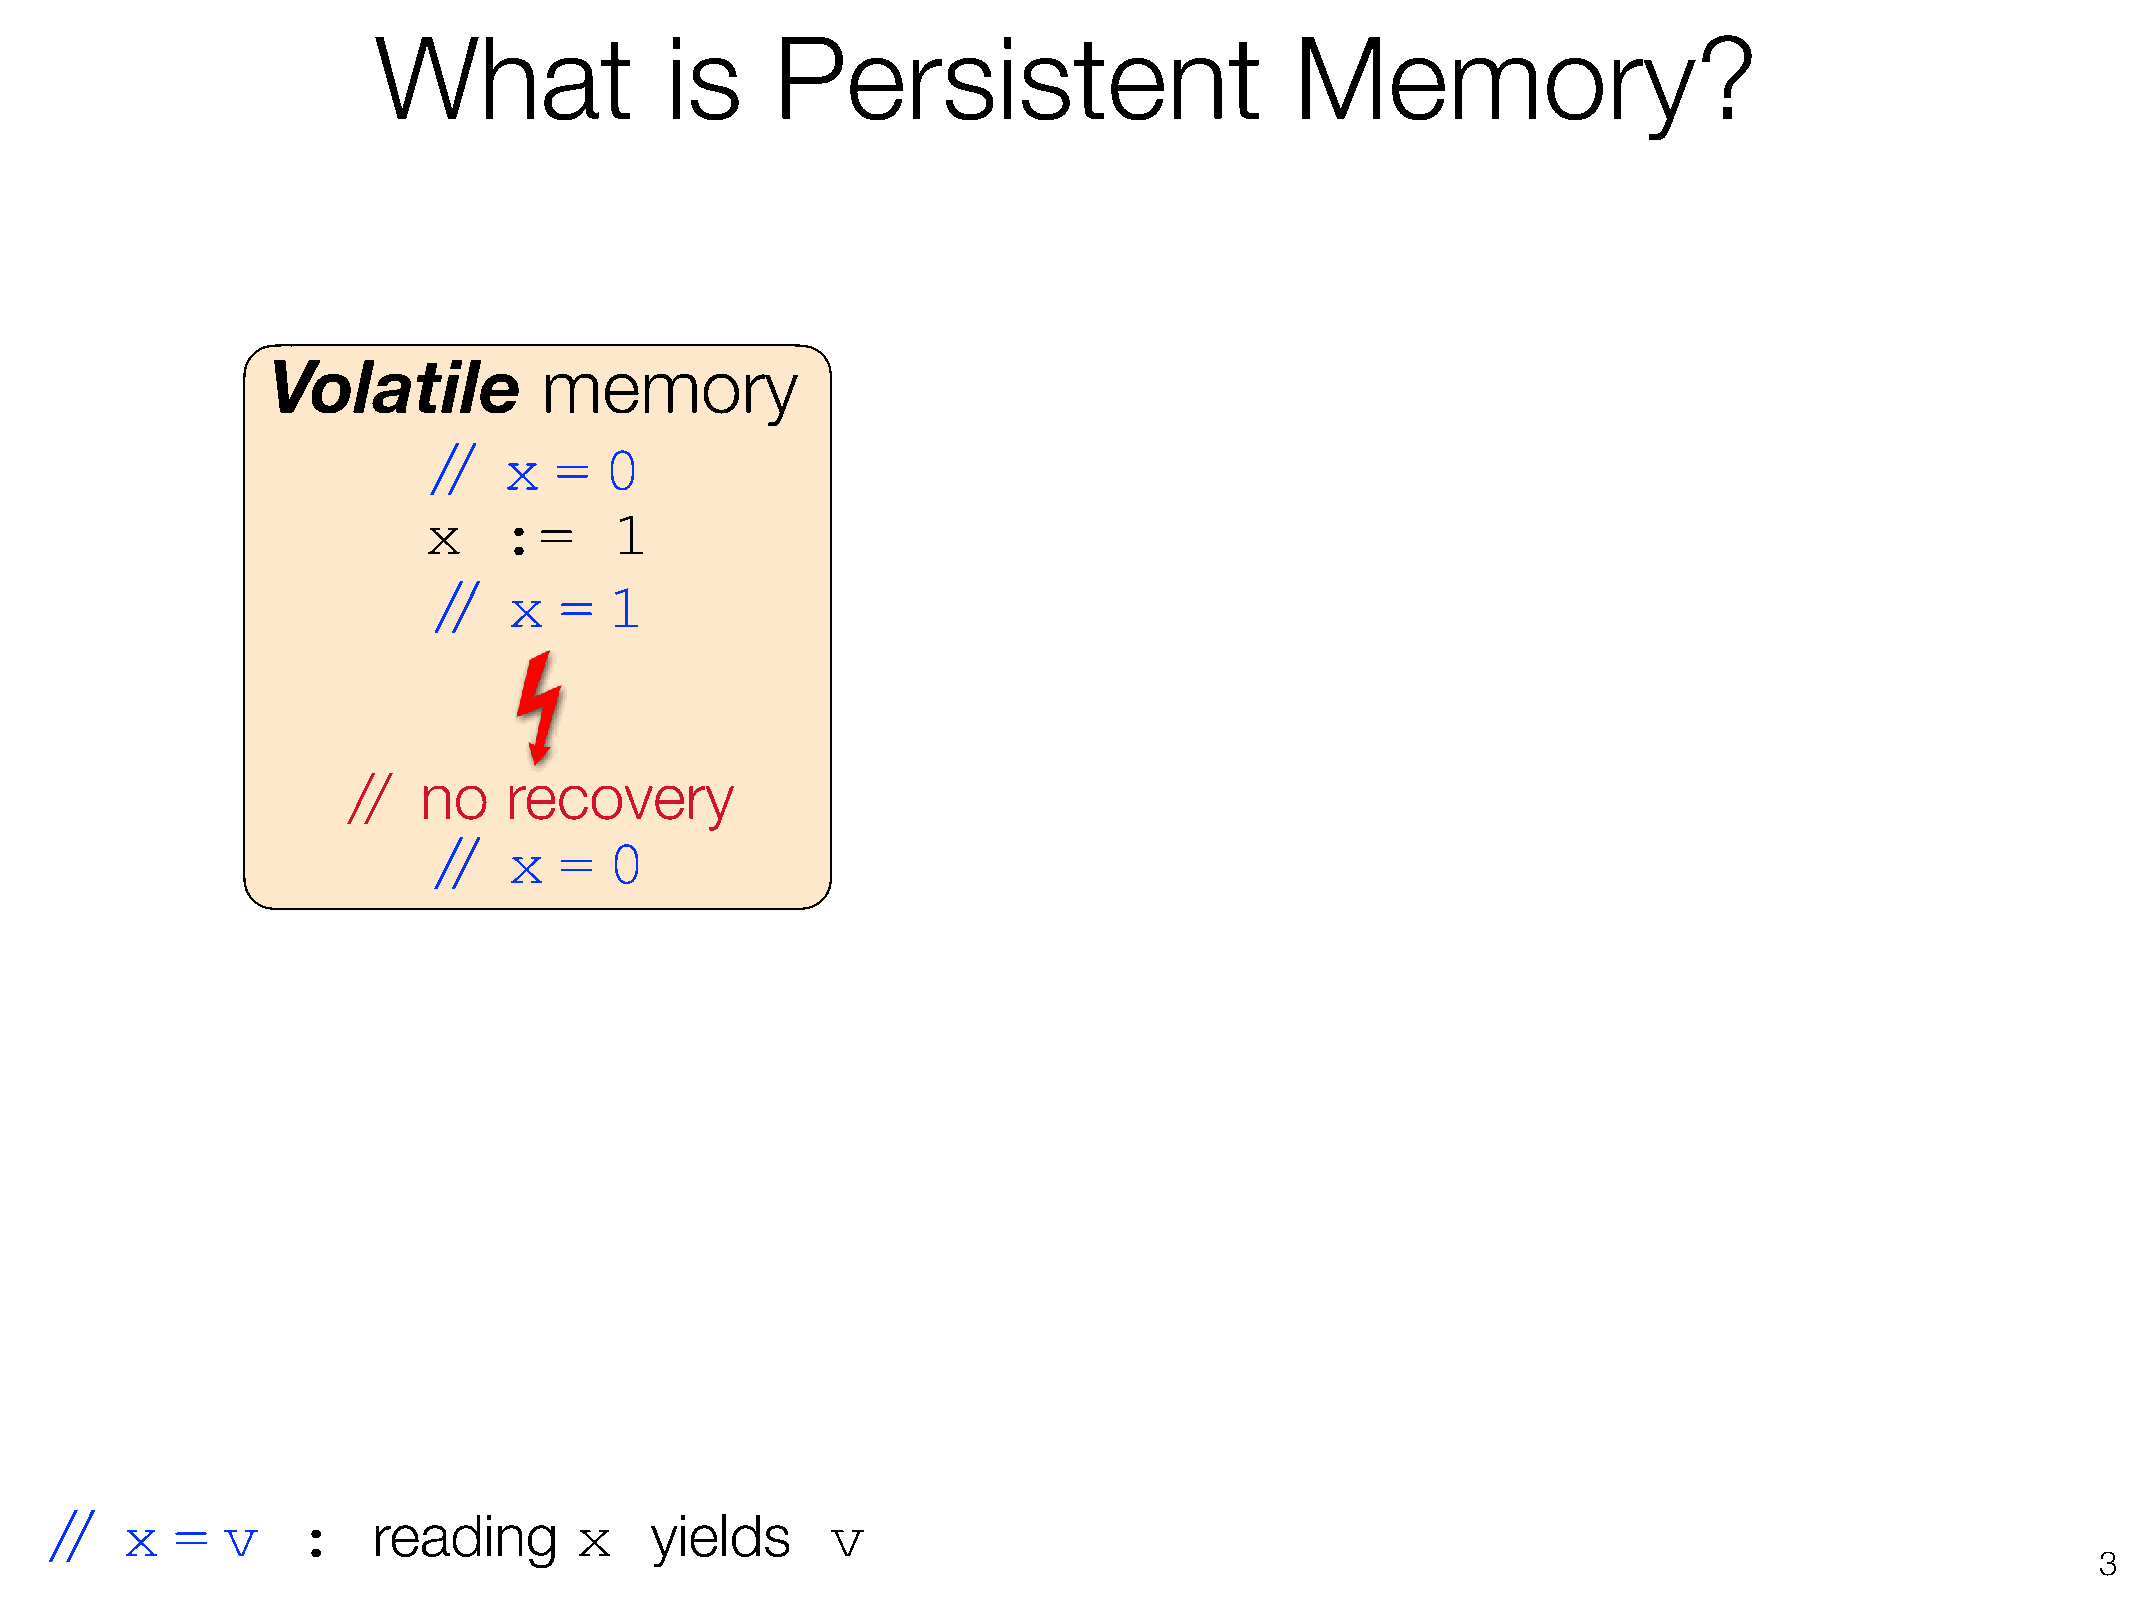
What               is     Persistent                         Memory?
 Volatile          memory
 //  x   =  0
 x    :=      1
 //   x  =  1
 //   no   recovery
 //   x  =  0
 //   x  =   v    :    reading      x    yields      v
 !3